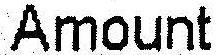
AMOUNT